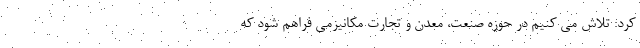
کرد: تلاش می کنیم در حوزه صنعت، معدن و تجارت مکانیزمی فراهم شود که